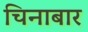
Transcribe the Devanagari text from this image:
चिनाबार